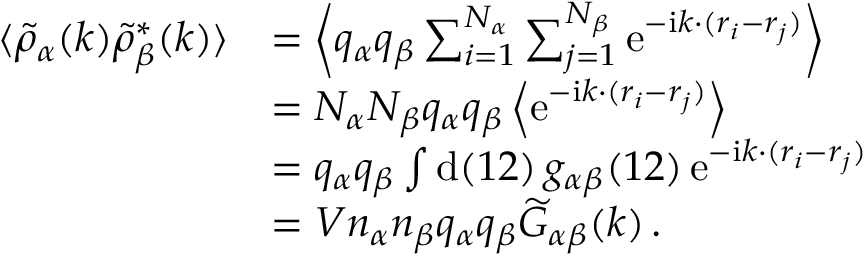
\begin{array} { r l } { \langle \widetilde { \rho } _ { \alpha } ( \boldsymbol { k } ) \widetilde { \rho } _ { \beta } ^ { * } ( \boldsymbol { k } ) \rangle } & { = \left\langle q _ { \alpha } q _ { \beta } \sum _ { i = 1 } ^ { N _ { \alpha } } \sum _ { j = 1 } ^ { N _ { \beta } } \mathrm { e } ^ { - \mathrm { i } \boldsymbol { k \cdot } ( \boldsymbol { r } _ { i } - \boldsymbol { r } _ { j } ) } \right\rangle } \\ & { = N _ { \alpha } N _ { \beta } q _ { \alpha } q _ { \beta } \left\langle \mathrm { e } ^ { - \mathrm { i } \boldsymbol { k \cdot } ( \boldsymbol { r } _ { i } - \boldsymbol { r } _ { j } ) } \right\rangle } \\ & { = q _ { \alpha } q _ { \beta } \int \mathrm { d } ( 1 2 ) \, g _ { \alpha \beta } ( 1 2 ) \, \mathrm { e } ^ { - \mathrm { i } \boldsymbol { k \cdot } ( \boldsymbol { r } _ { i } - \boldsymbol { r } _ { j } ) } } \\ & { = V n _ { \alpha } n _ { \beta } q _ { \alpha } q _ { \beta } \widetilde { G } _ { \alpha \beta } ( \boldsymbol { k } ) \, . } \end{array}